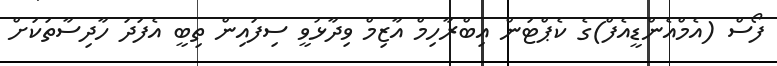
ފޯސް (އެމްއެންޑީއެފް)ގެ ކެޕްޓަން އިބްރާހިމް އާޒިމް ވިދާޅުވީ ސިފައިން ތިބީ އެފަދަ ހާދިސާތަކަށް